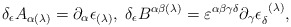
\begin{align*}\delta _{\epsilon }A_{\alpha (\lambda )}=\partial _{\alpha }\epsilon_{(\lambda )},\;\delta _{\epsilon }B^{\alpha \beta (\lambda )}=\varepsilon^{\alpha \beta \gamma \delta }\partial _{\gamma }\epsilon _{\delta}^{\;\;(\lambda )}, \end{align*}